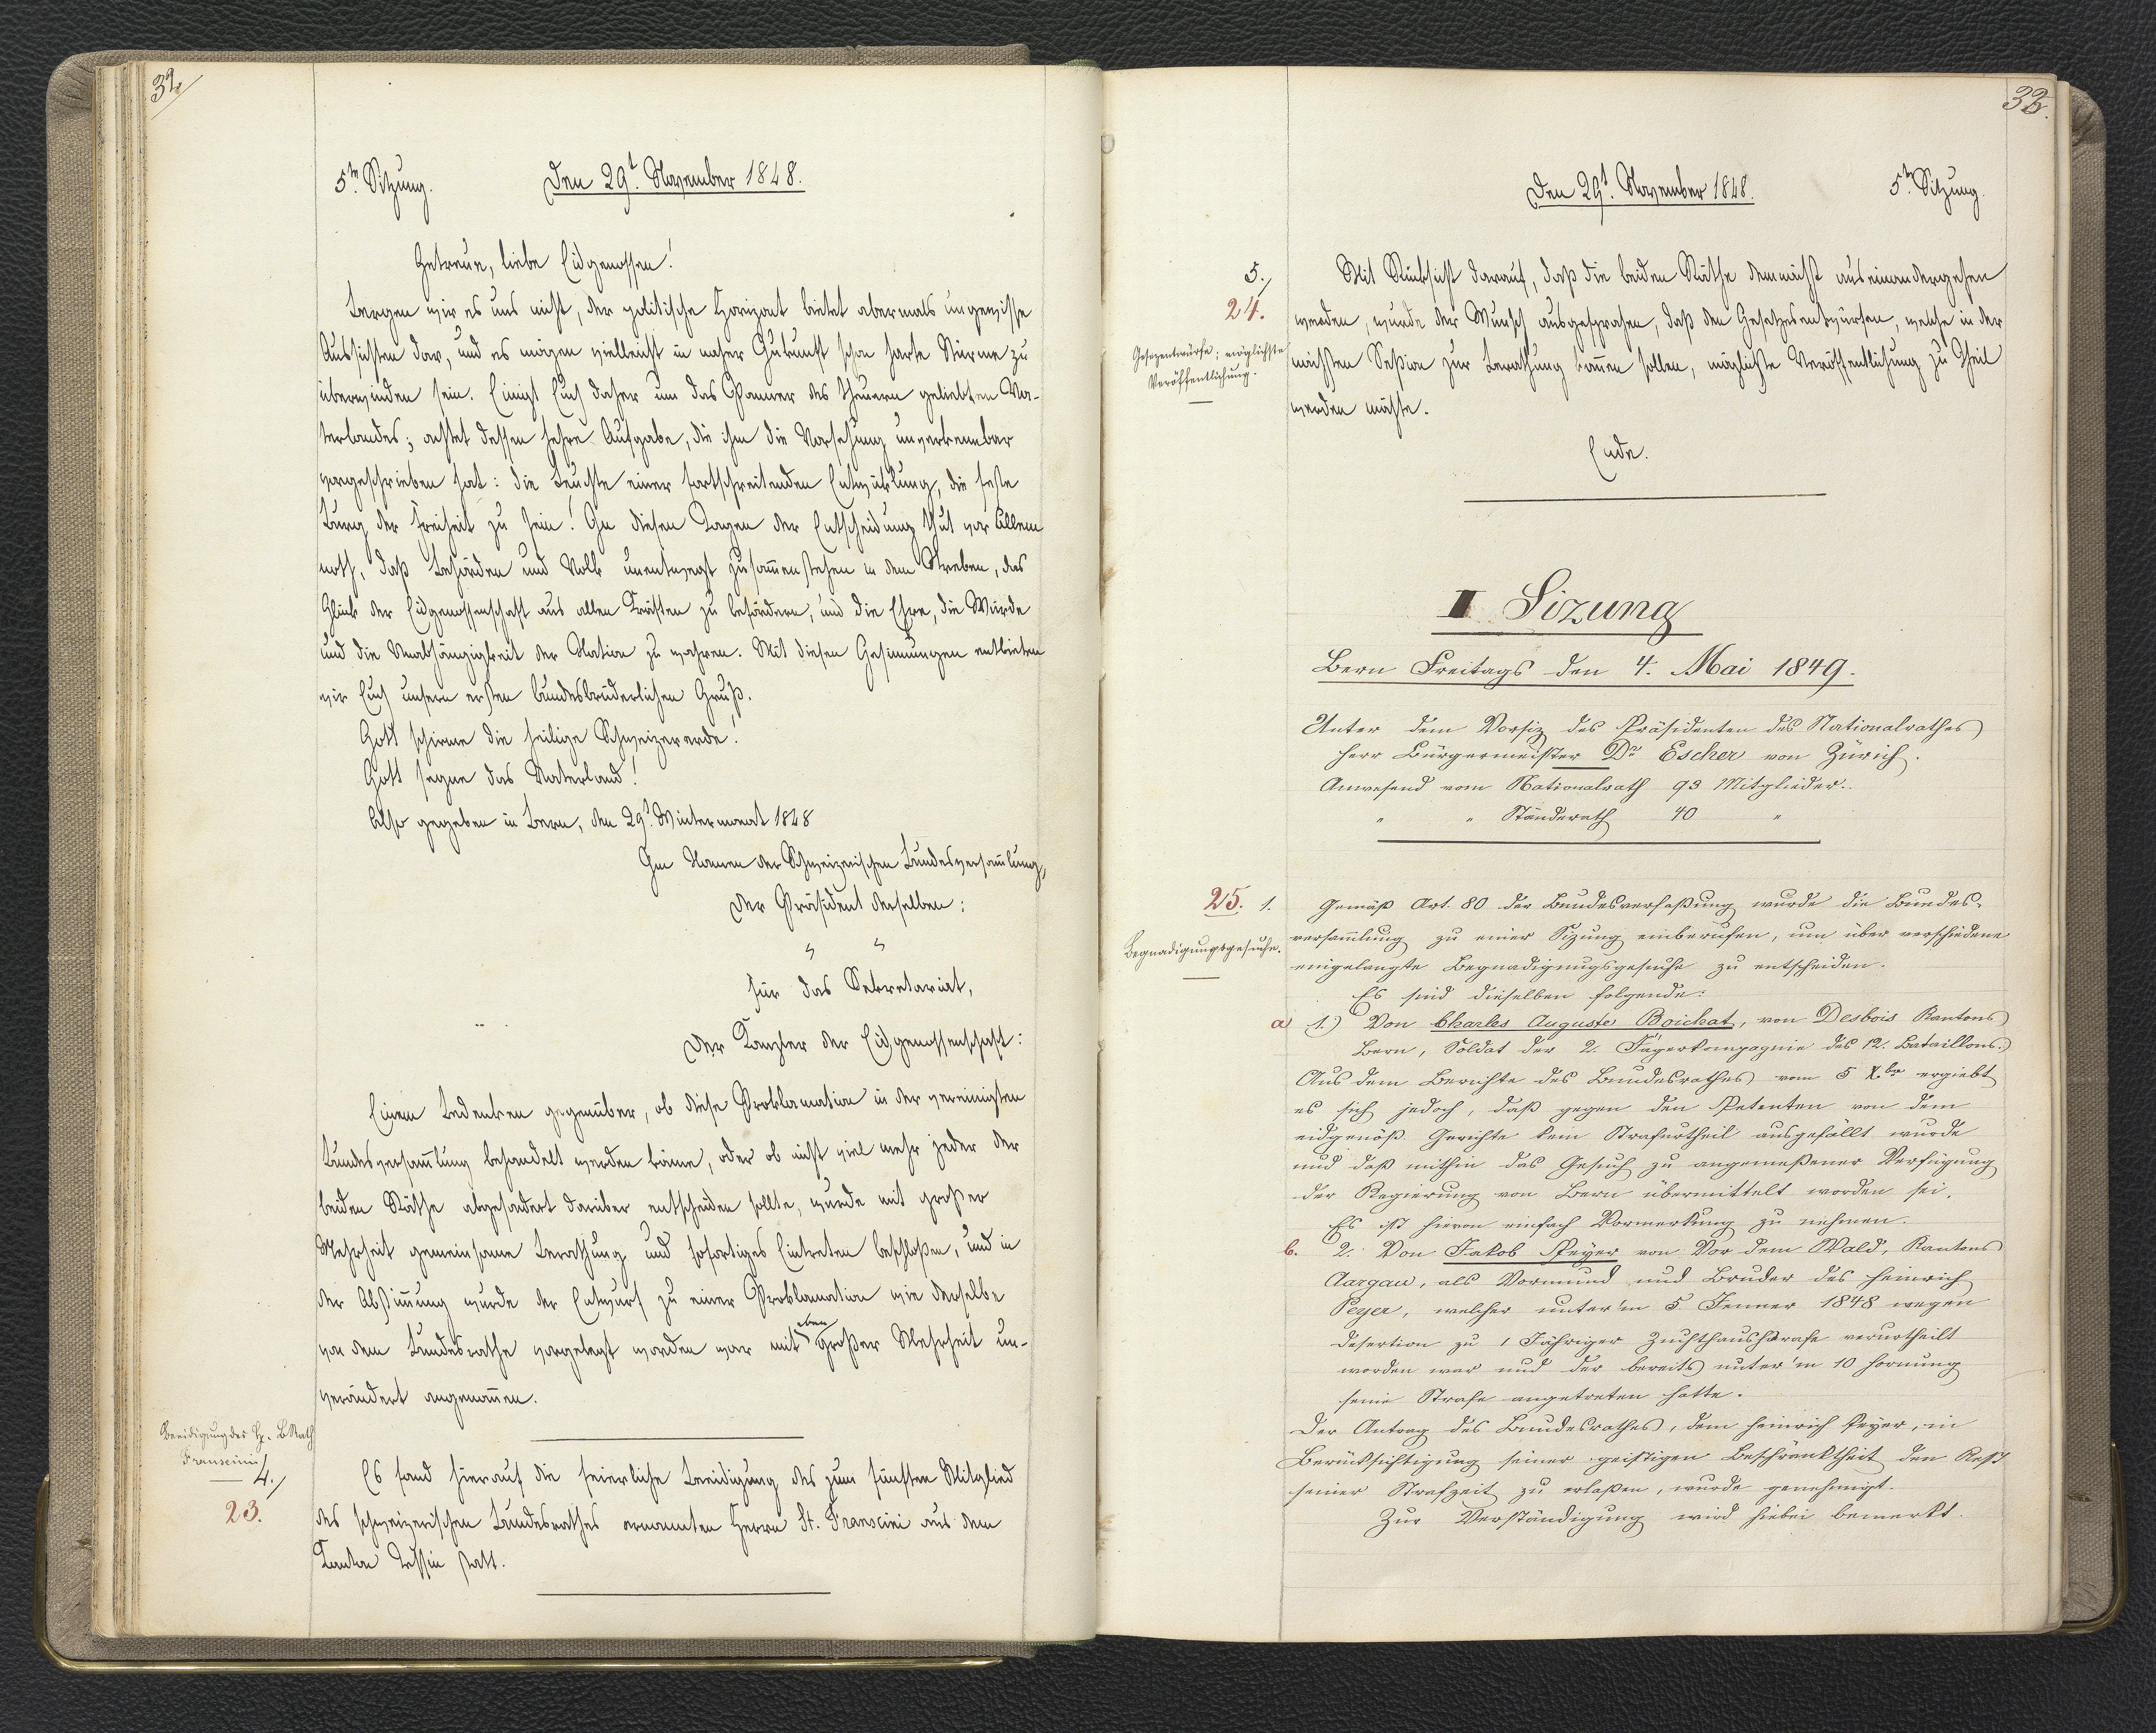
32.

5.te Sitzung.
Den 29.t November 1848.

Getreue, liebe Eidgenossen!
xergen wir es uns nicht, der politische Horizont bietet abermals ungewisse
Aussichten dar, und es mögen vielleicht in naher Zukunft schon harte Stürme zu
überwinden sein. Einigt Euch daher um das Panner des theuern geliebten Va¬
terlandes; achtet dessen hehre Aufgabe, die ihm die Vorsehung unverkennbar
vorgeschrieben hat: die Leuchte einer fortschreitenden Entwicklung, die feste
Burg der Freiheit zu sein! In diesen Tagen der Entscheidung thut vor Allem
noth, daß Behörden und Volk unentwegt zusammenstehen in dem Streben, das
Glück der Eidgenossenschaft aus allen Kräften zu befördern, und die Ehre, die Würde
und die Unabhängigkeit der Nation zu mehren Mit diesen Gesinnungen entbieten
wir Euch unsern ersten Bundesbrüderlichen Gruß.
Gott schirme die heilige Schweizererde!
Gott segne das Vaterland!
Also gegeben in Bern, den 29.t Wintermont 1848
Im Namen der Schweizerischen Bundesversammlung,
Der Präsident derselben:
x x
für das Sekretariat,
Der Kanzler der Eidgenossenschaft:
Einem Bedenken gegenüber, ob diese Proklamation in der vereinigten
Bundesversammlung behandelt werden könne, oder ob nicht viel mehr jeder der
beiden Räthe abgesondert darüber entscheiden sollte, wurde mit großer
Mehrheit gemeinsame Berathung und sofortiges Eintreten beschloßen, und in
der Abstimmung wurde der Entwurf zu einer Proklamation wie derselbe
von dem Bundesrathe vorgelegt worden war mit * großer Mehrheit un¬
* eben
verändert angenommen.
Es fand hierauf die feierliche Beeidigung des zum fünften Mitglied
des schweizerischen Bundesrathes ernannten Herrn St. Franscini aus dem
Kanton Tessin statt.

Beeidigung des Herrn B. Rath
Franscini
4.
23

33.

Den 29.t November 1848.
5.te Sitzung.

Mit Rücksicht darauf, daß die beiden Räthe demnächst auseinandergehen
werden, wurde der Wunsch ausgesprochen, daß den Gesetzesentwürfen, welche in der
nächsten Seßion zur Berathung kommen sollen, möglichste Veröffentlichung zu Theil
werden möchte.
Ende.

5.
24.
Gesetzentwürfe; möglichste
Veröffentlichung.